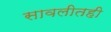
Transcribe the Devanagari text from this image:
सावलीतही